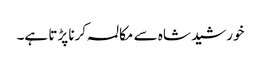
خورشید شاہ سے مکالمہ کرنا پڑتا ہے۔